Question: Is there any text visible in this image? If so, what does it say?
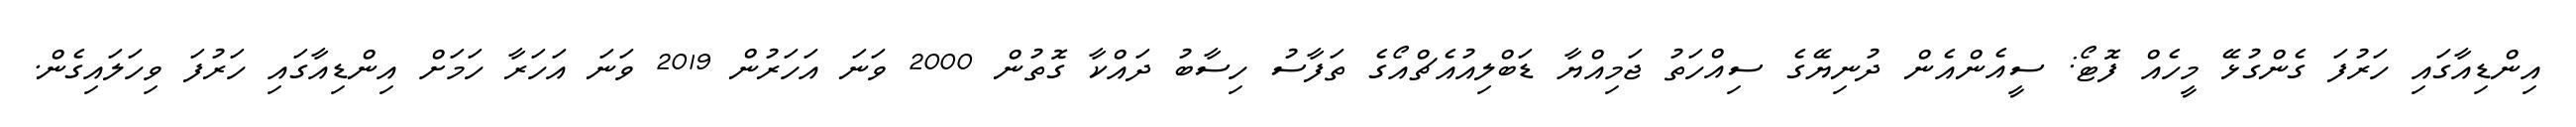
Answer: އިންޑިއާގައި ހަރުފަ ގެންގުޅޭ މީހެއް ފޮޓޯ: ސީއެންއެން ދުނިޔޭގެ ސިއްހަތު ޖަމިއްޔާ ޑަބްލިއުއެޗްއޯގެ ތަފާސު ހިސާބު ދައްކާ ގޮތުން 2000 ވަނަ އަހަރުން 2019 ވަނަ އަހަރާ ހަމަށް އިންޑިއާގައި ހަރުފަ ވިހަލައިގެން.